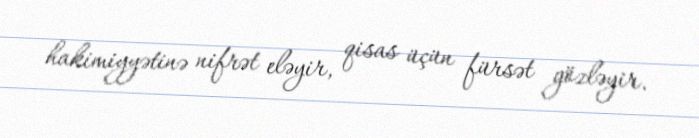
hakimiyyətinə nifrət eləyir, qisas üçün fürsət gözləyir.